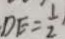
D E = \frac { 1 } { 2 }